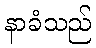
နာခံသည်